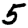
Digit: 5